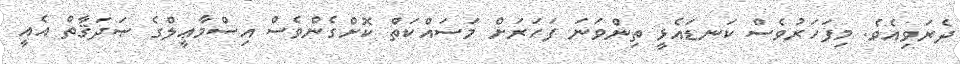
ދެރަވިއެވެ. މިފަހަރުވެސް ކަނޑައެޅީ ތިންވަނަ ފަހަރަށް މަސައްކަތް ކޮށްގެންވެސް އިސްމާޢީލްގެ ޞަދަޤާތް އެއީ